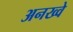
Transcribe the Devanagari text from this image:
अनख्वे